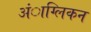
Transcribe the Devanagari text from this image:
अंाग्लिकन